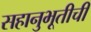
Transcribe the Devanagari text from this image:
सहानुभूतीची